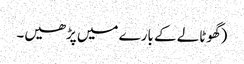
(گھوٹالے کے بارے میں پڑھیں۔